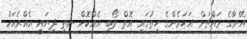
އޭނާގެ މައްޗަށް އަހަރެންގެ ހިތުގައި އޮތް ލޯބި އެއްކޮށް ނެތި ދިޔައީ އެއްރެއަކު